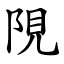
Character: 䧋